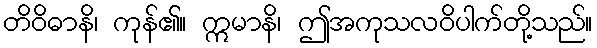
တိဝိဓာနိ၊ ကုန်၏။ ဣမာနိ၊ ဤအကုသလဝိပါက်တို့သည်။